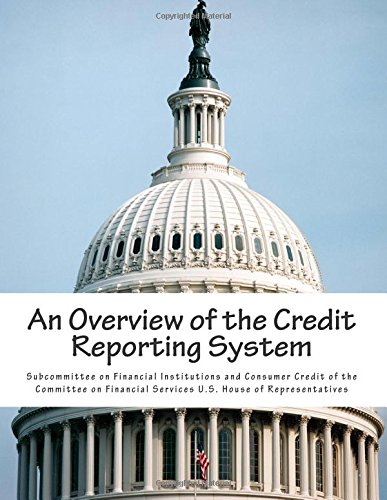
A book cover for An Overview of the Credit Reporting System; Subcommittee on Financial Institutions and Consumer Credit of the Committee on Financial Services U.S. House of Representatives; Business & Money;